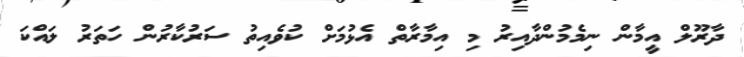
ދާރޫލް އީމާން ނިމެމުންދާއިރު މި އިމާރާތް އެޅުމަށް ކުވެއިތު ސަރުކާރުން ހަތަރު ލައްކަ